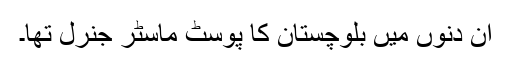
ان دنوں میں بلوچستان کا پوسٹ ماسٹر جنرل تھا۔